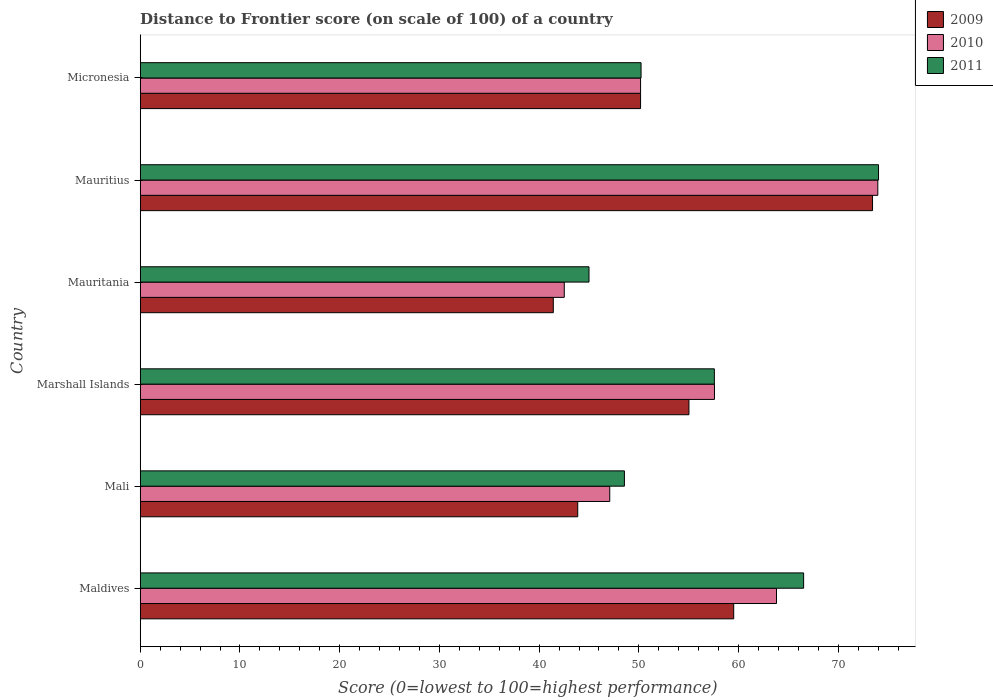
| Country | 2009 | 2010 | 2011 |
 | --- | --- | --- | --- |
 | Maldives | 59.5 | 63.8 | 66.5 |
 | Mali | 43.9 | 47.1 | 48.5 |
 | Marshall Islands | 55 | 57.6 | 57.6 |
 | Mauritania | 41.4 | 42.5 | 45 |
 | Mauritius | 73.4 | 74 | 74 |
 | Micronesia | 50.2 | 50.2 | 50.2 |